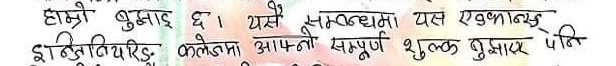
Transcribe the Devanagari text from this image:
हाम्रो बुझाई छ । यसै सन्दर्भमा यस एकानस
इन्टिच्युटिङ्ग कलेजमा आफ्नो सम्पूर्ण शुल्क बुझाएर पनि